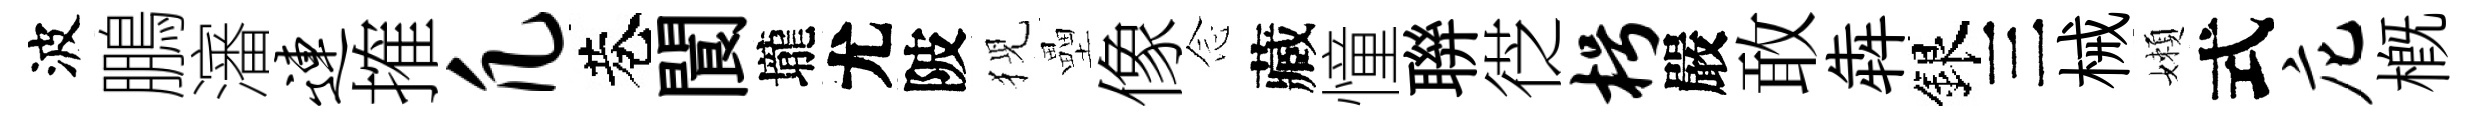
波鵬瀋连搉凡巷閬壠尤陂猊壘像𫝹藏憧聨徔枵嚴敢犇銀三械嬾式庀槪